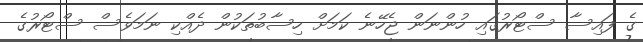
ގެ ފައިސާ ސްޓޯރުގައި ހުންނަން ޖެހޭނެ ކަަމަށް ހިސާބުތަކުން ދެއްކި ނަމަވެސް ސްޓޯރުގެ